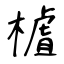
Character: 樝